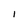
Character: I